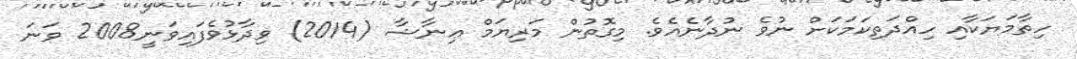
ހިތާމަޔަކާއި ހިއްދަތިކަމަކަށް ނުވެ ނުދާނެއެވެ. މިގޮތުން މަރިޔަމް ޢިނާޝާ (2014) ވިދާޅުވެފައިވަނީ2008 ވަނަ